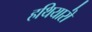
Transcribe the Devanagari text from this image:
हथियारो॑